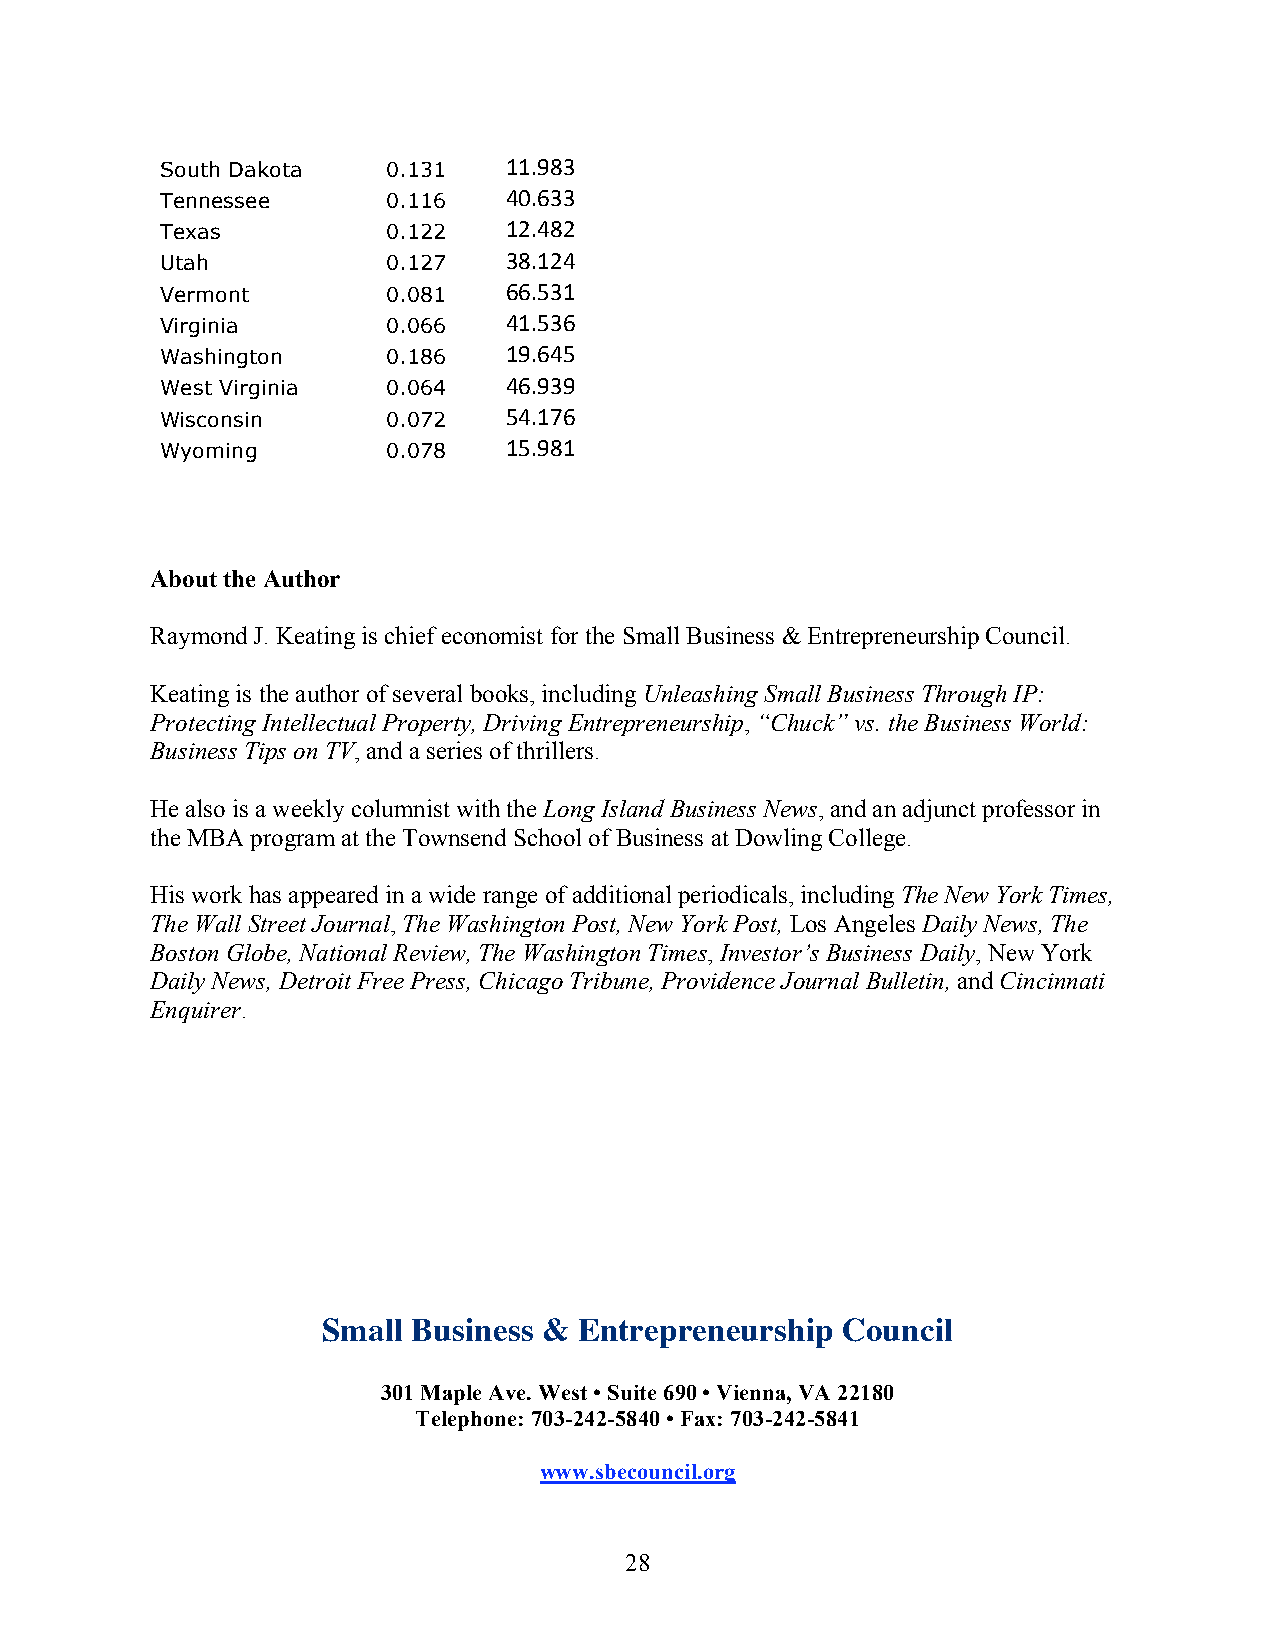
South Dakota   0.131   11.983
 Tennessee      0.116   40.633
 Texas          0.122   12.482
 Utah           0.127   38.124
 Vermont        0.081   66.531
 Virginia       0.066   41.536
 Washington     0.186   19.645
 West Virginia  0.064   46.939
 Wisconsin      0.072   54.176
 Wyoming        0.078   15.981
 About the Author
 Raymond J. Keating is chief economist for the Small Business & Entrepreneurship Council.
 Keating is the author of several books, including Unleashing Small Business Through IP:
 Protecting Intellectual Property, Driving Entrepreneurship, “Chuck” vs. the Business World:
 Business Tips on TV, and a series of thrillers.
 He also is a weekly columnist with the Long Island Business News, and an adjunct professor in
 the MBA program at the Townsend School of Business at Dowling College.
 His work has appeared in a wide range of additional periodicals, including The New York Times,
 The Wall Street Journal, The Washington Post, New York Post, Los Angeles Daily News, The
 Boston Globe, National Review, The Washington Times, Investor’s Business Daily, New York
 Daily News, Detroit Free Press, Chicago Tribune, Providence Journal Bulletin, and Cincinnati
 Enquirer.
 Small Business & Entrepreneurship  Council
 301 Maple Ave. West • Suite 690 • Vienna, VA 22180
 Telephone: 703-242-5840 • Fax: 703-242-5841
 www.sbecouncil.org
 28